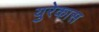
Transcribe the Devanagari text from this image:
युरेकास